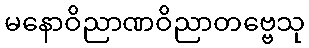
မနောဝိညာဏဝိညာတဗ္ဗေသု